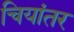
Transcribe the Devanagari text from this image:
चियांतर